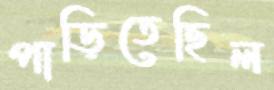
পাড়িতেছিল